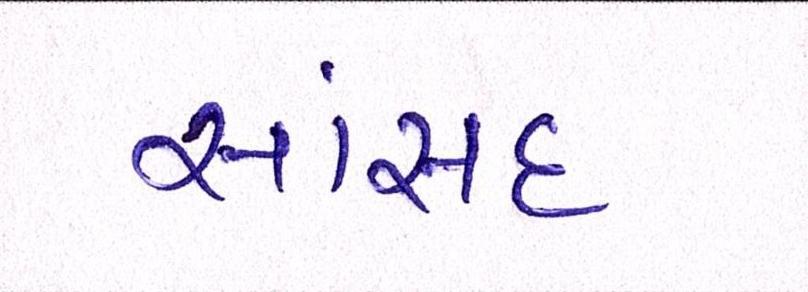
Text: સાંસદ